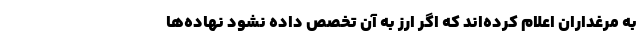
به مرغداران اعلام کرده‌اند که اگر ارز به آن تخصص داده نشود نهاده‌ها